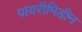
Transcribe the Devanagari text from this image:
पायरीमिडीन